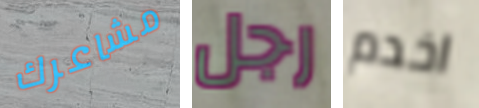
مشاعرك رجل اخدم